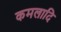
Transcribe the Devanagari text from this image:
कमलादि